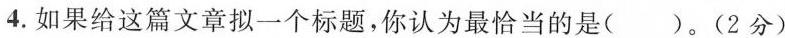
4.如果给这篇文章拟一个标题，你认为最恰当的是()。(2分)